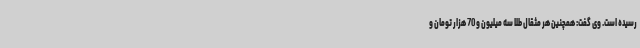
رسیده است. وی گفت: همچنین هر مثقال طلا سه میلیون و 70 هزار تومان و